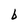
Character: b